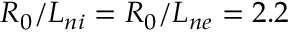
R _ { 0 } / L _ { n i } = R _ { 0 } / L _ { n e } = 2 . 2